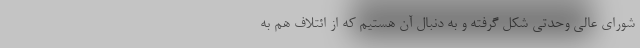
شورای عالی وحدتی شکل گرفته و به دنبال آن هستیم که از ائتلاف هم به